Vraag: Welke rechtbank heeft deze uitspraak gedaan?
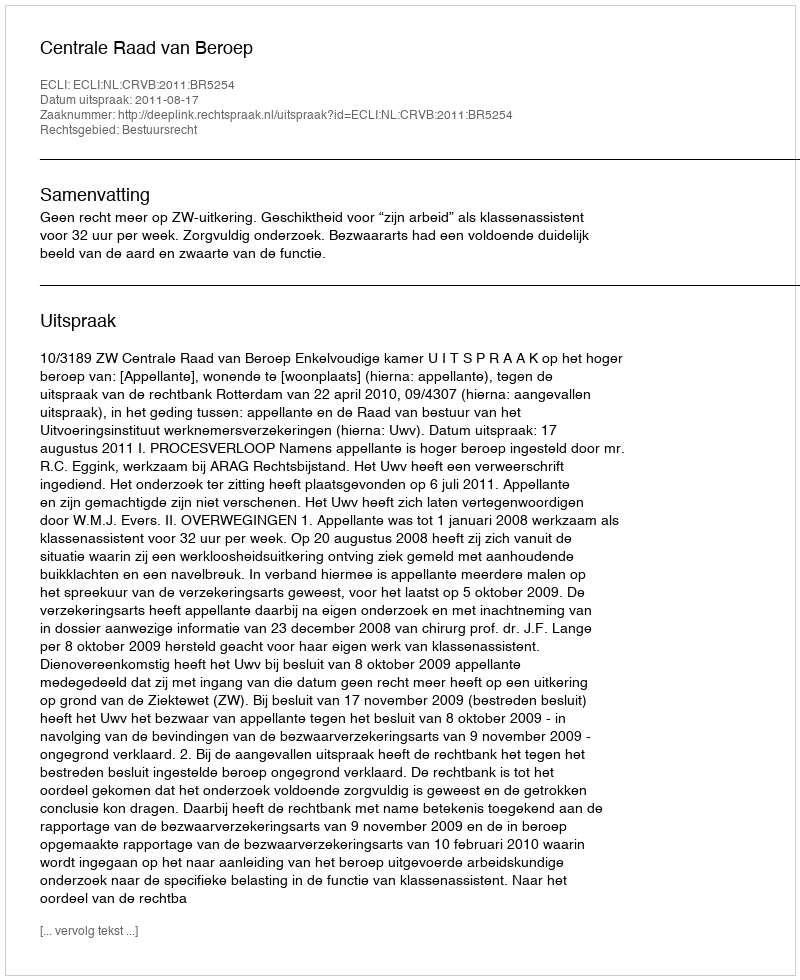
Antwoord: Centrale Raad van Beroep